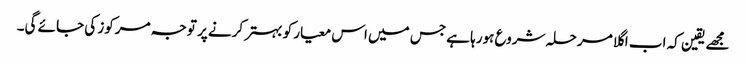
مجھے یقین کہ اب اگلا مرحلہ شروع ہورہا ہے جس میں اس معیار کو بہتر کرنے پر توجہ مرکوز کی جائے گی۔